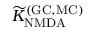
{ \widetilde K } _ { \mathrm { N M D A } } ^ { \mathrm { ( G C , M C ) } }